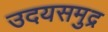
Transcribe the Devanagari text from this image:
उदयसमुद्र